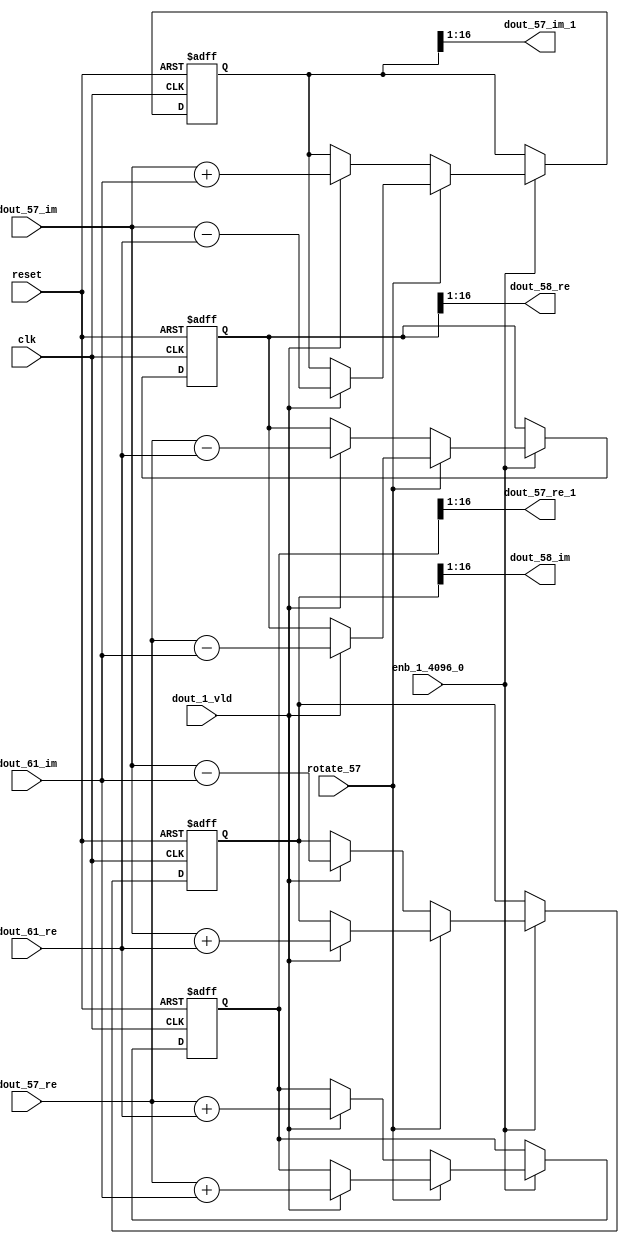
// -------------------------------------------------------------
// 
// 
// Generated by MATLAB 9.14 and HDL Coder 4.1
// 
// -------------------------------------------------------------


// -------------------------------------------------------------
// 
// Module: RADIX22FFT_SDNF2_6_block27
// Source Path: dsphdl.IFFT/RADIX22FFT_SDNF2_6
// Hierarchy Level: 4
// 
// -------------------------------------------------------------

`timescale 1 ns / 1 ns

module RADIX22FFT_SDNF2_6_block27
          (clk,
           reset,
           enb_1_4096_0,
           rotate_57,
           dout_57_re,
           dout_57_im,
           dout_61_re,
           dout_61_im,
           dout_1_vld,
           dout_57_re_1,
           dout_57_im_1,
           dout_58_re,
           dout_58_im);


  input   clk;
  input   reset;
  input   enb_1_4096_0;
  input   rotate_57;  // ufix1
  input   signed [15:0] dout_57_re;  // sfix16_En14
  input   signed [15:0] dout_57_im;  // sfix16_En14
  input   signed [15:0] dout_61_re;  // sfix16_En14
  input   signed [15:0] dout_61_im;  // sfix16_En14
  input   dout_1_vld;
  output  signed [15:0] dout_57_re_1;  // sfix16_En14
  output  signed [15:0] dout_57_im_1;  // sfix16_En14
  output  signed [15:0] dout_58_re;  // sfix16_En14
  output  signed [15:0] dout_58_im;  // sfix16_En14


  reg  Radix22ButterflyG2_NF_din_vld_dly;
  reg signed [16:0] Radix22ButterflyG2_NF_btf1_re_reg;  // sfix17
  reg signed [16:0] Radix22ButterflyG2_NF_btf1_im_reg;  // sfix17
  reg signed [16:0] Radix22ButterflyG2_NF_btf2_re_reg;  // sfix17
  reg signed [16:0] Radix22ButterflyG2_NF_btf2_im_reg;  // sfix17
  reg  Radix22ButterflyG2_NF_din_vld_dly_next;
  reg signed [16:0] Radix22ButterflyG2_NF_btf1_re_reg_next;  // sfix17_En14
  reg signed [16:0] Radix22ButterflyG2_NF_btf1_im_reg_next;  // sfix17_En14
  reg signed [16:0] Radix22ButterflyG2_NF_btf2_re_reg_next;  // sfix17_En14
  reg signed [16:0] Radix22ButterflyG2_NF_btf2_im_reg_next;  // sfix17_En14
  reg signed [15:0] dout_57_re_2;  // sfix16_En14
  reg signed [15:0] dout_57_im_2;  // sfix16_En14
  reg signed [15:0] dout_58_re_1;  // sfix16_En14
  reg signed [15:0] dout_58_im_1;  // sfix16_En14
  reg  dout_6_vld;
  reg signed [16:0] Radix22ButterflyG2_NF_add_cast;  // sfix17_En14
  reg signed [16:0] Radix22ButterflyG2_NF_add_cast_0;  // sfix17_En14
  reg signed [16:0] Radix22ButterflyG2_NF_add_cast_1;  // sfix17_En14
  reg signed [16:0] Radix22ButterflyG2_NF_add_cast_2;  // sfix17_En14
  reg signed [16:0] Radix22ButterflyG2_NF_sub_cast;  // sfix17_En14
  reg signed [16:0] Radix22ButterflyG2_NF_sub_cast_0;  // sfix17_En14
  reg signed [16:0] Radix22ButterflyG2_NF_sub_cast_1;  // sfix17_En14
  reg signed [16:0] Radix22ButterflyG2_NF_sub_cast_2;  // sfix17_En14
  reg signed [16:0] Radix22ButterflyG2_NF_sra_temp;  // sfix17_En14
  reg signed [16:0] Radix22ButterflyG2_NF_add_cast_3;  // sfix17_En14
  reg signed [16:0] Radix22ButterflyG2_NF_add_cast_4;  // sfix17_En14
  reg signed [16:0] Radix22ButterflyG2_NF_add_cast_5;  // sfix17_En14
  reg signed [16:0] Radix22ButterflyG2_NF_add_cast_6;  // sfix17_En14
  reg signed [16:0] Radix22ButterflyG2_NF_sra_temp_0;  // sfix17_En14
  reg signed [16:0] Radix22ButterflyG2_NF_sub_cast_3;  // sfix17_En14
  reg signed [16:0] Radix22ButterflyG2_NF_sub_cast_4;  // sfix17_En14
  reg signed [16:0] Radix22ButterflyG2_NF_sub_cast_5;  // sfix17_En14
  reg signed [16:0] Radix22ButterflyG2_NF_sub_cast_6;  // sfix17_En14
  reg signed [16:0] Radix22ButterflyG2_NF_sra_temp_1;  // sfix17_En14
  reg signed [16:0] Radix22ButterflyG2_NF_sra_temp_2;  // sfix17_En14


  // Radix22ButterflyG2_NF
  always @(posedge clk or posedge reset)
    begin : Radix22ButterflyG2_NF_process
      if (reset == 1'b1) begin
        Radix22ButterflyG2_NF_din_vld_dly <= 1'b0;
        Radix22ButterflyG2_NF_btf1_re_reg <= 17'sb00000000000000000;
        Radix22ButterflyG2_NF_btf1_im_reg <= 17'sb00000000000000000;
        Radix22ButterflyG2_NF_btf2_re_reg <= 17'sb00000000000000000;
        Radix22ButterflyG2_NF_btf2_im_reg <= 17'sb00000000000000000;
      end
      else begin
        if (enb_1_4096_0) begin
          Radix22ButterflyG2_NF_din_vld_dly <= Radix22ButterflyG2_NF_din_vld_dly_next;
          Radix22ButterflyG2_NF_btf1_re_reg <= Radix22ButterflyG2_NF_btf1_re_reg_next;
          Radix22ButterflyG2_NF_btf1_im_reg <= Radix22ButterflyG2_NF_btf1_im_reg_next;
          Radix22ButterflyG2_NF_btf2_re_reg <= Radix22ButterflyG2_NF_btf2_re_reg_next;
          Radix22ButterflyG2_NF_btf2_im_reg <= Radix22ButterflyG2_NF_btf2_im_reg_next;
        end
      end
    end

  always @(Radix22ButterflyG2_NF_btf1_im_reg, Radix22ButterflyG2_NF_btf1_re_reg,
       Radix22ButterflyG2_NF_btf2_im_reg, Radix22ButterflyG2_NF_btf2_re_reg,
       Radix22ButterflyG2_NF_din_vld_dly, dout_1_vld, dout_57_im, dout_57_re,
       dout_61_im, dout_61_re, rotate_57) begin
    Radix22ButterflyG2_NF_add_cast_1 = 17'sb00000000000000000;
    Radix22ButterflyG2_NF_add_cast_2 = 17'sb00000000000000000;
    Radix22ButterflyG2_NF_sub_cast_1 = 17'sb00000000000000000;
    Radix22ButterflyG2_NF_sub_cast_2 = 17'sb00000000000000000;
    Radix22ButterflyG2_NF_add_cast_5 = 17'sb00000000000000000;
    Radix22ButterflyG2_NF_add_cast_6 = 17'sb00000000000000000;
    Radix22ButterflyG2_NF_sub_cast_5 = 17'sb00000000000000000;
    Radix22ButterflyG2_NF_sub_cast_6 = 17'sb00000000000000000;
    Radix22ButterflyG2_NF_add_cast = 17'sb00000000000000000;
    Radix22ButterflyG2_NF_add_cast_0 = 17'sb00000000000000000;
    Radix22ButterflyG2_NF_sub_cast = 17'sb00000000000000000;
    Radix22ButterflyG2_NF_sub_cast_0 = 17'sb00000000000000000;
    Radix22ButterflyG2_NF_add_cast_3 = 17'sb00000000000000000;
    Radix22ButterflyG2_NF_add_cast_4 = 17'sb00000000000000000;
    Radix22ButterflyG2_NF_sub_cast_3 = 17'sb00000000000000000;
    Radix22ButterflyG2_NF_sub_cast_4 = 17'sb00000000000000000;
    Radix22ButterflyG2_NF_btf1_re_reg_next = Radix22ButterflyG2_NF_btf1_re_reg;
    Radix22ButterflyG2_NF_btf1_im_reg_next = Radix22ButterflyG2_NF_btf1_im_reg;
    Radix22ButterflyG2_NF_btf2_re_reg_next = Radix22ButterflyG2_NF_btf2_re_reg;
    Radix22ButterflyG2_NF_btf2_im_reg_next = Radix22ButterflyG2_NF_btf2_im_reg;
    Radix22ButterflyG2_NF_din_vld_dly_next = dout_1_vld;
    if (rotate_57 != 1'b0) begin
      if (dout_1_vld) begin
        Radix22ButterflyG2_NF_add_cast_1 = {dout_57_re[15], dout_57_re};
        Radix22ButterflyG2_NF_add_cast_2 = {dout_61_im[15], dout_61_im};
        Radix22ButterflyG2_NF_btf1_re_reg_next = Radix22ButterflyG2_NF_add_cast_1 + Radix22ButterflyG2_NF_add_cast_2;
        Radix22ButterflyG2_NF_sub_cast_1 = {dout_57_re[15], dout_57_re};
        Radix22ButterflyG2_NF_sub_cast_2 = {dout_61_im[15], dout_61_im};
        Radix22ButterflyG2_NF_btf2_re_reg_next = Radix22ButterflyG2_NF_sub_cast_1 - Radix22ButterflyG2_NF_sub_cast_2;
        Radix22ButterflyG2_NF_add_cast_5 = {dout_57_im[15], dout_57_im};
        Radix22ButterflyG2_NF_add_cast_6 = {dout_61_re[15], dout_61_re};
        Radix22ButterflyG2_NF_btf2_im_reg_next = Radix22ButterflyG2_NF_add_cast_5 + Radix22ButterflyG2_NF_add_cast_6;
        Radix22ButterflyG2_NF_sub_cast_5 = {dout_57_im[15], dout_57_im};
        Radix22ButterflyG2_NF_sub_cast_6 = {dout_61_re[15], dout_61_re};
        Radix22ButterflyG2_NF_btf1_im_reg_next = Radix22ButterflyG2_NF_sub_cast_5 - Radix22ButterflyG2_NF_sub_cast_6;
      end
    end
    else if (dout_1_vld) begin
      Radix22ButterflyG2_NF_add_cast = {dout_57_re[15], dout_57_re};
      Radix22ButterflyG2_NF_add_cast_0 = {dout_61_re[15], dout_61_re};
      Radix22ButterflyG2_NF_btf1_re_reg_next = Radix22ButterflyG2_NF_add_cast + Radix22ButterflyG2_NF_add_cast_0;
      Radix22ButterflyG2_NF_sub_cast = {dout_57_re[15], dout_57_re};
      Radix22ButterflyG2_NF_sub_cast_0 = {dout_61_re[15], dout_61_re};
      Radix22ButterflyG2_NF_btf2_re_reg_next = Radix22ButterflyG2_NF_sub_cast - Radix22ButterflyG2_NF_sub_cast_0;
      Radix22ButterflyG2_NF_add_cast_3 = {dout_57_im[15], dout_57_im};
      Radix22ButterflyG2_NF_add_cast_4 = {dout_61_im[15], dout_61_im};
      Radix22ButterflyG2_NF_btf1_im_reg_next = Radix22ButterflyG2_NF_add_cast_3 + Radix22ButterflyG2_NF_add_cast_4;
      Radix22ButterflyG2_NF_sub_cast_3 = {dout_57_im[15], dout_57_im};
      Radix22ButterflyG2_NF_sub_cast_4 = {dout_61_im[15], dout_61_im};
      Radix22ButterflyG2_NF_btf2_im_reg_next = Radix22ButterflyG2_NF_sub_cast_3 - Radix22ButterflyG2_NF_sub_cast_4;
    end
    Radix22ButterflyG2_NF_sra_temp = Radix22ButterflyG2_NF_btf1_re_reg >>> 8'd1;
    dout_57_re_2 = Radix22ButterflyG2_NF_sra_temp[15:0];
    Radix22ButterflyG2_NF_sra_temp_0 = Radix22ButterflyG2_NF_btf1_im_reg >>> 8'd1;
    dout_57_im_2 = Radix22ButterflyG2_NF_sra_temp_0[15:0];
    Radix22ButterflyG2_NF_sra_temp_1 = Radix22ButterflyG2_NF_btf2_re_reg >>> 8'd1;
    dout_58_re_1 = Radix22ButterflyG2_NF_sra_temp_1[15:0];
    Radix22ButterflyG2_NF_sra_temp_2 = Radix22ButterflyG2_NF_btf2_im_reg >>> 8'd1;
    dout_58_im_1 = Radix22ButterflyG2_NF_sra_temp_2[15:0];
    dout_6_vld = Radix22ButterflyG2_NF_din_vld_dly;
  end



  assign dout_57_re_1 = dout_57_re_2;

  assign dout_57_im_1 = dout_57_im_2;

  assign dout_58_re = dout_58_re_1;

  assign dout_58_im = dout_58_im_1;

endmodule  // RADIX22FFT_SDNF2_6_block27